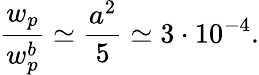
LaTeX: \frac{w_{p}}{w_{p}^{b}}\simeq\frac{a^{2}}{5}\simeq 3\cdot 10^{-4}.